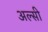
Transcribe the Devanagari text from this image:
अल्‍सी